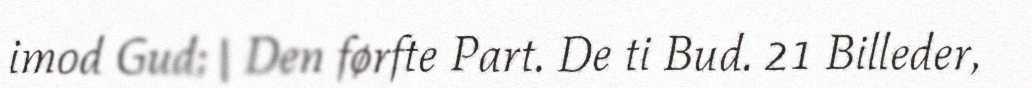
imod Gud; | Den førfte Part. De ti Bud. 21 Billeder,